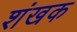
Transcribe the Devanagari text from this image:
शंखक